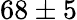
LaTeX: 68\pm 5